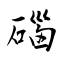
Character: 碯